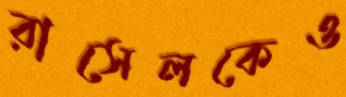
রাসেলকেও